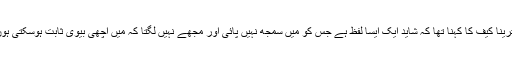
کترینا کیف کا کہنا تھا کہ شاید ایک ایسا لفظ ہے جس کو میں سمجھ نہیں پائی اور مجھے نہیں لگتا کہ میں اچھی بیوی ثابت ہوسکتی ہوں۔